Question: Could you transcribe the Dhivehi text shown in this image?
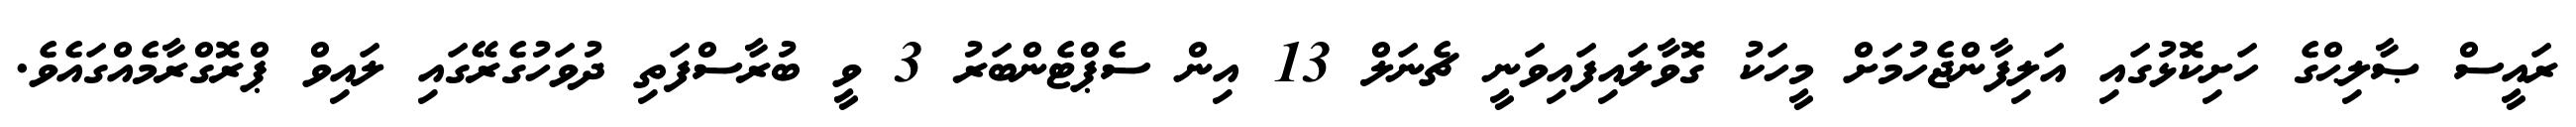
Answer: ރައީސް ޞާލިޙްގެ ހަށިކޮޅުގައި އަލިފާންޖެހުމަށް މީހަކު ގޮވާލައިފައިވަނީ ޗެނަލް 13 އިން ސެޕްޓެންބަރު 3 ވީ ބުރާސްފަތި ދުވަހުގެރޭގައި ލައިވް ޕްރޮގްރާމެއްގައެވެ.